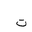
Letter: _ta